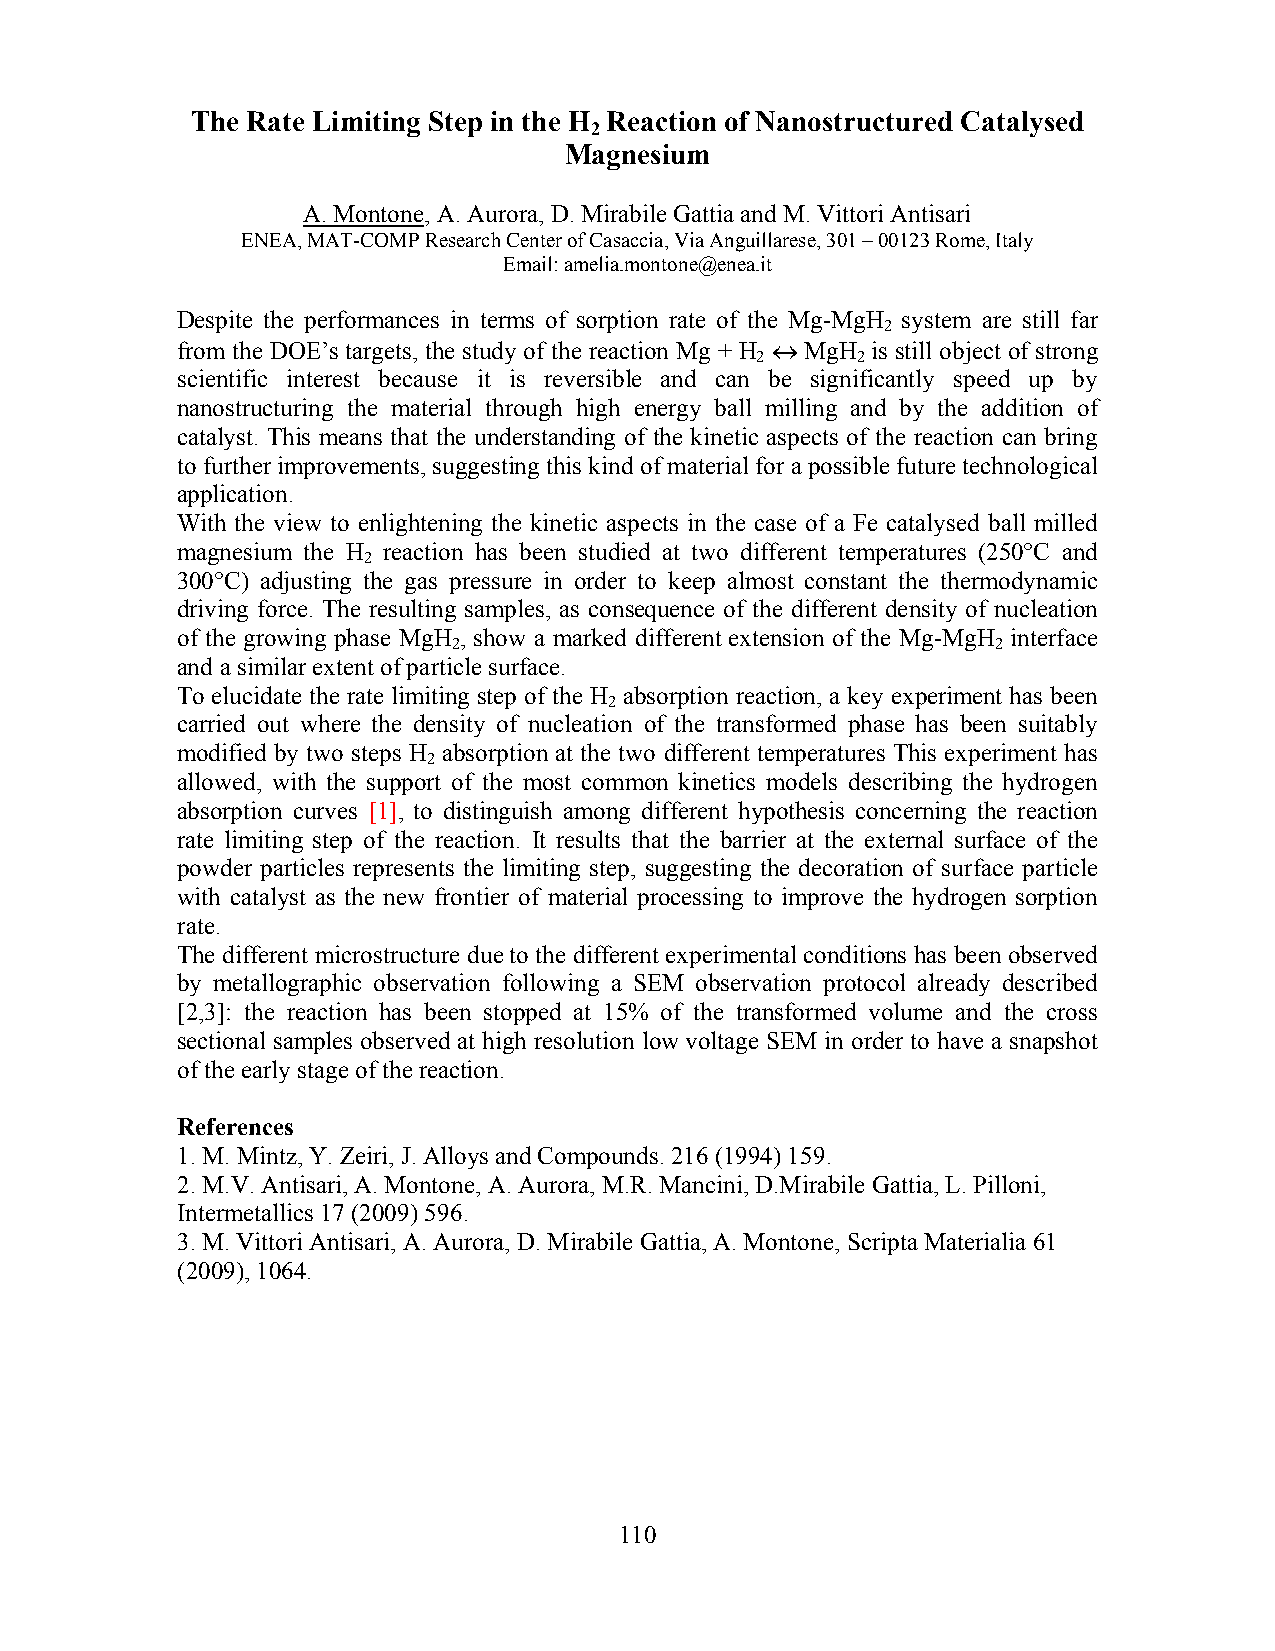
The Rate Limiting Step in the H Reaction of Nanostructured Catalysed
 2
 Magnesium
 A. Montone, A. Aurora, D. Mirabile Gattia and M. Vittori Antisari
 ENEA, MAT-COMP Research Center of Casaccia, Via Anguillarese, 301 – 00123 Rome, Italy
 Email: amelia.montone@enea.it
 Despite the performances in terms of sorption rate of the Mg-MgH system are still far
 2
 from the DOE’s targets, the study of the reaction Mg + H ↔ MgH is still object of strong
 2      2
 scientific interest because it is reversible and can be significantly speed up by
 nanostructuring the material through high energy ball milling and by the addition of
 catalyst. This means that the understanding of the kinetic aspects of the reaction can bring
 to further improvements, suggesting this kind of material for a possible future technological
 application.
 With the view to enlightening the kinetic aspects in the case of a Fe catalysed ball milled
 magnesium the H reaction has been studied at two different temperatures (250°C and
 2
 300°C) adjusting the gas pressure in order to keep almost constant the thermodynamic
 driving force. The resulting samples, as consequence of the different density of nucleation
 of the growing phase MgH , show a marked different extension of the Mg-MgH interface
 2                                   2
 and a similar extent of particle surface.
 To elucidate the rate limiting step of the H absorption reaction, a key experiment has been
 2
 carried out where the density of nucleation of the transformed phase has been suitably
 modified by two steps H absorption at the two different temperatures This experiment has
 2
 allowed, with the support of the most common kinetics models describing the hydrogen
 absorption curves [1], to distinguish among different hypothesis concerning the reaction
 rate limiting step of the reaction. It results that the barrier at the external surface of the
 powder particles represents the limiting step, suggesting the decoration of surface particle
 with catalyst as the new frontier of material processing to improve the hydrogen sorption
 rate.
 The different microstructure due to the different experimental conditions has been observed
 by metallographic observation following a SEM observation protocol already described
 [2,3]: the reaction has been stopped at 15% of the transformed volume and the cross
 sectional samples observed at high resolution low voltage SEM in order to have a snapshot
 of the early stage of the reaction.
 References
 1. M. Mintz, Y. Zeiri, J. Alloys and Compounds. 216 (1994) 159.
 2. M.V. Antisari, A. Montone, A. Aurora, M.R. Mancini, D.Mirabile Gattia, L. Pilloni,
 Intermetallics 17 (2009) 596.
 3. M. Vittori Antisari, A. Aurora, D. Mirabile Gattia, A. Montone, Scripta Materialia 61
 (2009), 1064.
 110